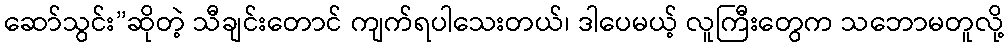
ဆော်သွင်း”ဆိုတဲ့ သီချင်းတောင် ကျက်ရပါသေးတယ်၊ ဒါပေမယ့် လူကြီးတွေက သဘောမတူလို့